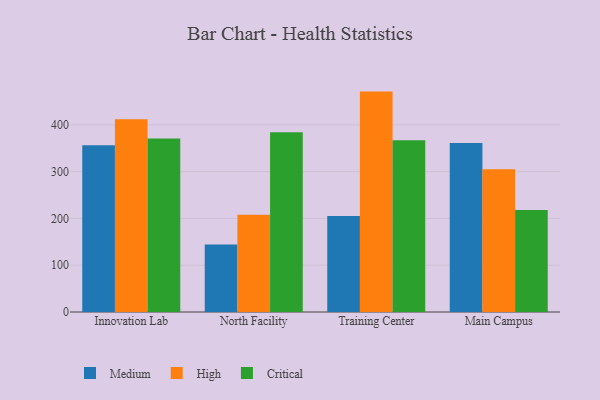
{"axis": {"x": "Campus", "y": "Waste Production (Tons)"}, "legend": ["Critical", "High", "Medium"], "data": [{"x": "Innovation Lab", "y": 356.4, "type": "Medium"}, {"x": "Innovation Lab", "y": 411.7, "type": "High"}, {"x": "Innovation Lab", "y": 370.8, "type": "Critical"}, {"x": "North Facility", "y": 144.2, "type": "Medium"}, {"x": "North Facility", "y": 207.6, "type": "High"}, {"x": "North Facility", "y": 383.9, "type": "Critical"}, {"x": "Training Center", "y": 204.9, "type": "Medium"}, {"x": "Training Center", "y": 471.0, "type": "High"}, {"x": "Training Center", "y": 367.0, "type": "Critical"}, {"x": "Main Campus", "y": 361.0, "type": "Medium"}, {"x": "Main Campus", "y": 305.0, "type": "High"}, {"x": "Main Campus", "y": 217.8, "type": "Critical"}]}